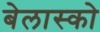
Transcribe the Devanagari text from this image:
बेलास्को